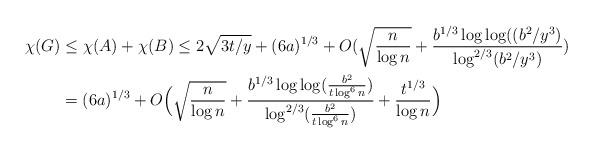
LaTeX: \begin{align*} \chi(G) &\leq \chi(A) + \chi(B) \leq 2 \sqrt{3t/y} + (6 a)^{1/3} + O(\sqrt{\frac{n}{\log n}} + \frac{b^{1/3} \log \log((b^2/y^3)}{\log^{2/3}(b^2/y^3)}) \\ &= (6 a)^{1/3} + O \Bigl( \sqrt{\frac{n}{\log n}} + \frac{b^{1/3} \log \log(\frac{b^2}{t \log^6 n})}{\log^{2/3}(\frac{b^2}{t \log^6 n})} + \frac{t^{1/3}}{\log n} \Bigr)\end{align*}